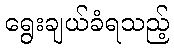
ရွေးချယ်ခံရသည့်